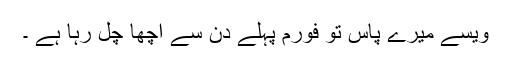
ویسے میرے پاس تو فورم پہلے دن سے اچھا چل رہا ہے ۔